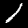
Digit: 1